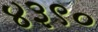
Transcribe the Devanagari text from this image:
४३९०